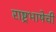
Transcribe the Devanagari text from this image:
राष्ट्रभाषेची